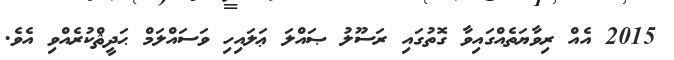
2015 އެއް ރިވާޔަތެއްގައިވާ ގޮތުގައި ރަސޫލު ޞައްލަ ޢަލައިހި ވަސައްލަމް ޙަދީޘްކުރެއްވި އެވެ.